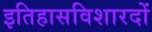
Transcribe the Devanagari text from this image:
इतिहासविशारदों